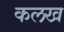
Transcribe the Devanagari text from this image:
कलख